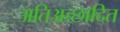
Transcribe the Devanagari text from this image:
अतिअच्छादित